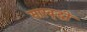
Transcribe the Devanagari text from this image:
सारवृद्धी